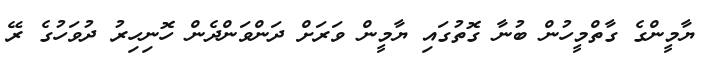
ޔާމީންގެ ގާތްމީހުން ބުނާ ގޮތުގައި ޔާމީން ވަރަށް ދަންވަންދެން ހޮނިހިރު ދުވަހުގެ ރޭ